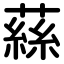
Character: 蕬